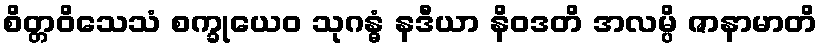
စိတ္တဝိသေသံ စက္ခုယေဝ သုဂန္ဓံ နဒီယာ နိဝဒတိ အလမ္ပိ ဇာနာမာတိ